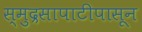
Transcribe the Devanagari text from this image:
स्मुद्रसापाटीपासून